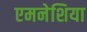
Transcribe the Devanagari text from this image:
एमनेशिया